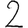
Digit: 2